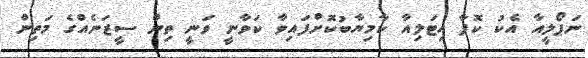
ނަޕޯލީއާ އެކު ކޮޕާ އިޓަލިއާ ކާމިޔާބުކޮށްފައިވާ ކަވާނީ ވަނީ ތިން ސީޒަނެއްގެ މަތިން